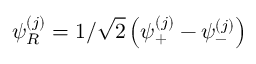
\psi _ { R } ^ { ( j ) } = 1 / \sqrt 2 \left( \psi _ { + } ^ { ( j ) } - \psi _ { - } ^ { ( j ) } \right)